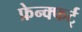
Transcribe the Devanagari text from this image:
फ्रेन्क्फर्ट्